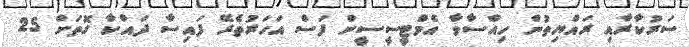
ސަރުކާރާއި ރައްޔިތުން ހިއްސާވާ އެމްޓީސީސީން ފަސް އަހަރުތެރޭ ފައިސާ ދައްކާ ގޮތަށް 25